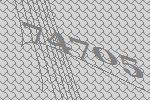
74705